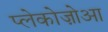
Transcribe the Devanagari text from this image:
प्लेकोज़ोआ